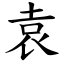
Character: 袁